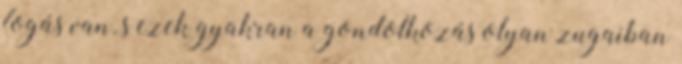
fogás van, s ezek gyakran a gondolkozás olyan zugaiban